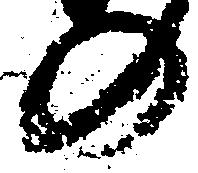
の